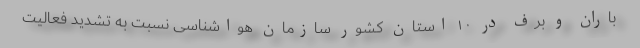
باران و برف در ۱۰ استان کشور سازمان هواشناسی نسبت به تشدید فعالیت